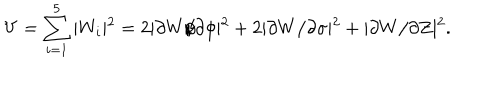
V = \sum _ { i = 1 } ^ { 5 } \vert W _ { i } \vert ^ { 2 } = 2 \vert \partial W / \partial \phi \vert ^ { 2 } + 2 \vert \partial W / \partial \sigma \vert ^ { 2 } + \vert \partial W / \partial Z \vert ^ { 2 } .